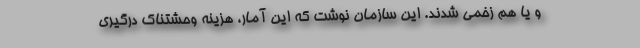
و یا هم زخمی شدند. این سازمان نوشت که این آمار، هزینه وحشتناک درگیری